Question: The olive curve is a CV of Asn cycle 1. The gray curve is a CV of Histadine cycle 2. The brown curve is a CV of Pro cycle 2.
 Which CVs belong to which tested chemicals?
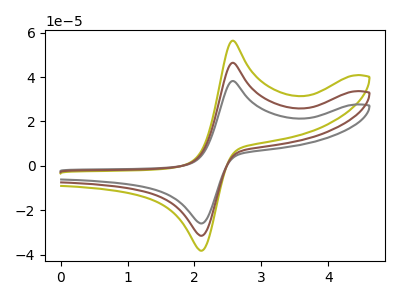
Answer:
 <answer>The olive curve is labeled "Asn cycle 1". The gray curve is labeled "Histadine cycle 2". The brown curve is labeled "Pro cycle 2".</answer>
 <eval></eval>